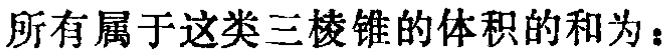
所有属于这类三棱锥的体积的和为：